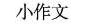
小作文